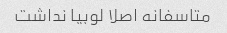
متاسفانه اصلا لوبیا نداشت